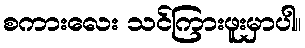
စကားလေး သင်ကြားဖူးမှာပါ။